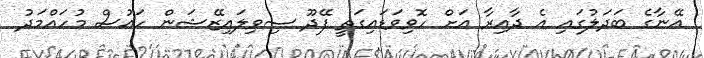
އޭނާގެ ބަދަލުގައި އެ ދާއިރާ އަށް ހޮވިވަޑައިގަތީ ފޭދޫ ސިވިލައިޒޭޝަން ހައުސް މުހައްމަދު